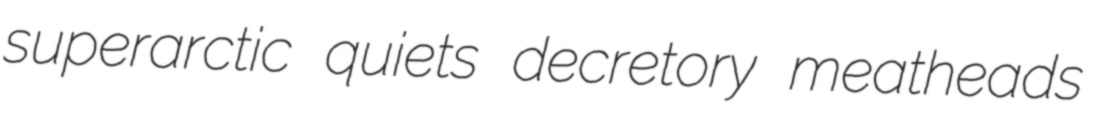
superarctic quiets decretory meatheads